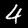
Label: 4